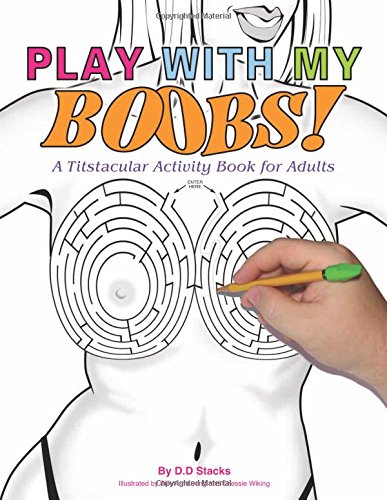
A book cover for PLAY WITH MY BOOBS: A Titstacular Activity Book for Adults; D.D. Stacks; Humor & Entertainment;